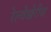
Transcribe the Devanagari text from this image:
रेल्वेखेरीज